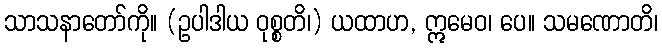
သာသနာတော်ကို။ (ဥပါဒါယ ဝုစ္စတိ၊) ယထာဟ, ဣမေဝ၊ ပေ။ သမဏောတိ၊